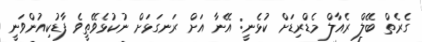
ގެރެތް ބޭލް ރެއާލް މެޑްރިޑަށް ކުޅެނީ: އޭނާ އަށް ރަނގަޅަށް ނުކުޅެވޭތީވެ ފާޑުކިއުންވަނީ